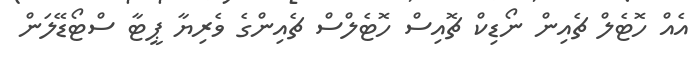
އެއް ހޮޓެލް ޗެއިން ނޯޑިކް ޗޮއިސް ހޮޓެލްސް ޗެއިންގެ ވެރިޔާ ޕީޓާ ސްޓޯޑޭލަން